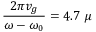
\frac { 2 \pi v _ { g } } { \omega - \omega _ { 0 } } = 4 . 7 ~ \mu